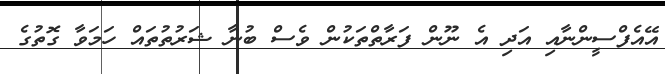
އޭއެފްސީންނާއި އަދި އެ ނޫން ފަރާތްތަކުން ވެސް ބުނާ ޝަރުތުތައް ހަމަވާ ގޮތުގެ